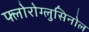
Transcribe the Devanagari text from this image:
फ्लोरोग्लुसिनोल